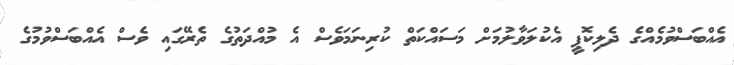
އެއްބަސްވުމެއްގެ ދެލިކޮޕީ އެކުލަވާލުމަށް މަސައްކަތް ކުރިނަމަވެސް އެ މުއްދަތުގެ ތެރޭގައި ވެސް އެއްބަސްވުމުގެ